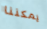
يمكننا